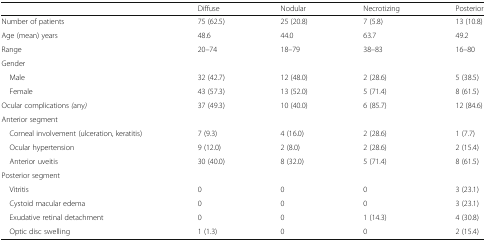
<table><thead><tr><td></td><td><b>Diffuse</b></td><td><b>Nodular</b></td><td><b>Necrotizing</b></td><td><b>Posterior</b></td></tr></thead><tbody><tr><td>Number of patients</td><td>75 (62.5)</td><td>25 (20.8)</td><td>7 (5.8)</td><td>13 (10.8)</td></tr><tr><td>Age (mean) years</td><td>48.6</td><td>44.0</td><td>63.7</td><td>49.2</td></tr><tr><td>Range</td><td>20–74</td><td>18–79</td><td>38–83</td><td>16–80</td></tr><tr><td colspan="5">Gender</td></tr><tr><td> Male</td><td>32 (42.7)</td><td>12 (48.0)</td><td>2 (28.6)</td><td>5 (38.5)</td></tr><tr><td> Female</td><td>43 (57.3)</td><td>13 (52.0)</td><td>5 (71.4)</td><td>8 (61.5)</td></tr><tr><td>Ocular complications <i>(</i>any<i>)</i></td><td>37 (49.3)</td><td>10 (40.0)</td><td>6 (85.7)</td><td>12 (84.6)</td></tr><tr><td colspan="5">Anterior segment</td></tr><tr><td> Corneal involvement (ulceration, keratitis)</td><td>7 (9.3)</td><td>4 (16.0)</td><td>2 (28.6)</td><td>1 (7.7)</td></tr><tr><td> Ocular hypertension</td><td>9 (12.0)</td><td>2 (8.0)</td><td>2 (28.6)</td><td>2 (15.4)</td></tr><tr><td> Anterior uveitis</td><td>30 (40.0)</td><td>8 (32.0)</td><td>5 (71.4)</td><td>8 (61.5)</td></tr><tr><td colspan="5">Posterior segment</td></tr><tr><td> Vitritis</td><td>0</td><td>0</td><td>0</td><td>3 (23.1)</td></tr><tr><td> Cystoid macular edema</td><td>0</td><td>0</td><td>0</td><td>3 (23.1)</td></tr><tr><td> Exudative retinal detachment</td><td>0</td><td>0</td><td>1 (14.3)</td><td>4 (30.8)</td></tr><tr><td> Optic disc swelling</td><td>1 (1.3)</td><td>0</td><td>0</td><td>2 (15.4)</td></tr></tbody></table>